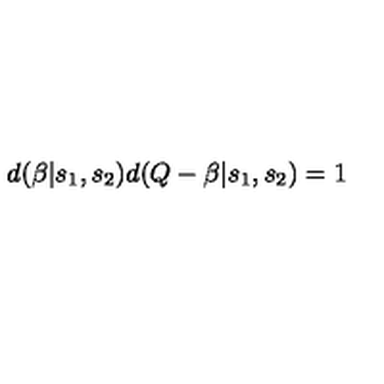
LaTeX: d ( \beta | s _ { 1 } , s _ { 2 } ) d ( Q - \beta | s _ { 1 } , s _ { 2 } ) = 1